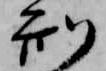
刑